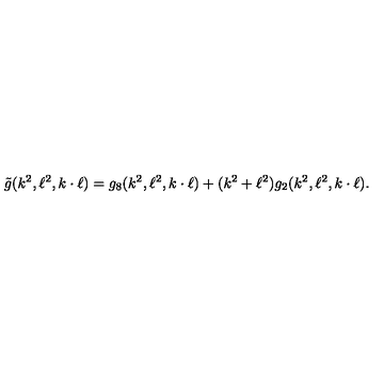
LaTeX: \tilde { g } ( k ^ { 2 } , \ell ^ { 2 } , k \cdot \ell ) = g _ { 8 } ( k ^ { 2 } , \ell ^ { 2 } , k \cdot \ell ) + ( k ^ { 2 } + \ell ^ { 2 } ) g _ { 2 } ( k ^ { 2 } , \ell ^ { 2 } , k \cdot \ell ) .